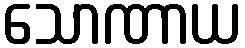
သောဏာယ